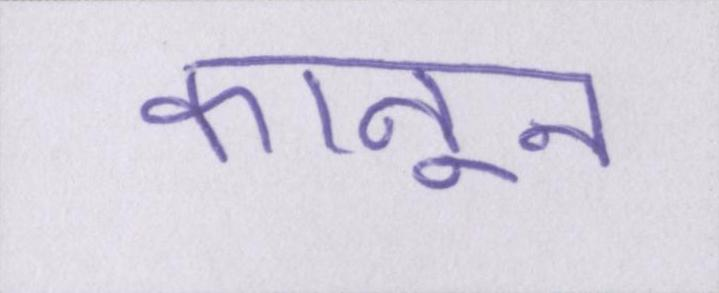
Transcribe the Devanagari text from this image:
कानून